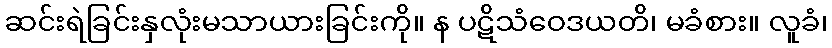
ဆင်းရဲခြင်းနှလုံးမသာယားခြင်းကို။ န ပဋိသံဝေဒယတိ၊ မခံစား။ လူခံ၊